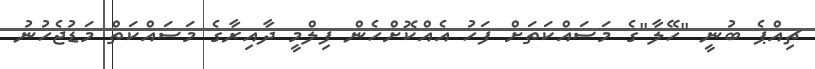
ޗިއްޕެ ބުނީ "ހޭލާ"ގެ މަސައްކަތަށް ފަހު އެއްކޮށްހެން ފިލްމީ ދާއިރާގެ މަސައްކަތް މަޑުޖެހުނު